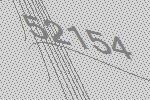
52154